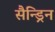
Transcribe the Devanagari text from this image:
सैन्ड्रिन